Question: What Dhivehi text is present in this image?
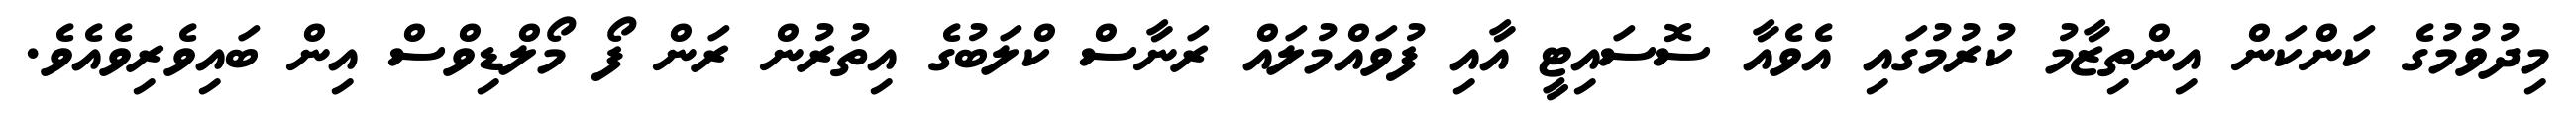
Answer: މިދުވުމުގެ ކަންކަން އިންތިޒާމު ކުރުމުގައި އެވެއާ ސޮސައިޓީ އާއި ފުވައްމުލައް ރަނާސް ކްލަބުގެ އިތުރުން ރަން ފޯ މޯލްޑިވްސް އިން ބައިވެރިވެއެވެ.